General report no. 6 on the lunatic asylums, vaccination and dispensaries in the Bengal Presidency, 1873 -
Year: 1873
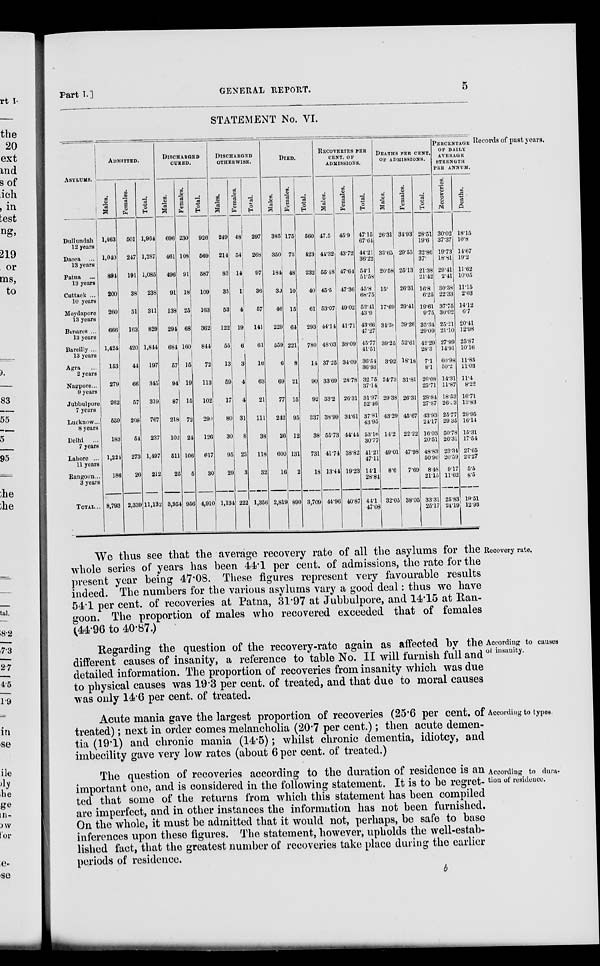
Part 1.]
GENERAL REPORT.
5
STATEMENT No. VI.
Records of past years.
ASYLUMS.
Dullundah
12 years
Dacca ...
13 years
Patna
...
13 years
Cuttack ...
10 years
Moydapore
13 years
Benares ...
13 years
Bareilly ...
13 years
Agra ...
2 years
Nagpore...
9 years
Jubbulpore
7 years
Lucknow...
8 years
Delhi
...
7 years
Lahore ...
11 years
Rangoon...
3 years
TOTAL...
ADMITTED.
Males.
1,463
1,040
894
200
260
666
1,424
153
279
262
559
183
1,224
186
8,793
Females.
501
247
191
38
51
163
420
44
66
57
208
54
273
26
2,339
Total.
1,964
1,287
1,085
238
311
829
1,844
197
345
319
767
237
1,497
212
11,132
DISCHARGED
CURED.
Males.
696
461
496
91
138
294
684
57
94
87
218
102
511
25
3,954
Females.
230
108
91
18
25
68
160
15
19
15
72
24
106
5
956
Total.
926
569
587
109
163
362
844
72
113
102
290
126
617
30
4,910
DISCHARGED
OTHERWISE.
Males.
249
214
83
35
53
122
55
13
59
17
80
30
95
29
1,134
Females.
48
54
14
1
4
19
6
3
4
4
31
8
23
3
222
Total.
297
268
97
36
57
141
61
16
63
21
111
38
118
32
1,356
DIED.
Males.
385
350
184
30
46
229
559
6
69
77
242
26
600
16
2,819
Females.
175
73
48
10
15
64
221
8
21
15
95
12
131
2
890
Total.
560
423
232
40
61
293
780
14
90
92
337
38
731
18
3,709
RECOVERIES PER
CENT. OF
ADMISSIONS.
Males.
47.5
44.32
55.18
45.5
53.07
44.14
48.03
37.25
33.69
33.2
38.99
55.73
41.74
13.44
44.96
Females.
45.9
43.72
47.64
47.36
49.02
41.71
38.09
34.09
28.78
26.31
34.61
44.44
38.82
19.23
40.87
Total.
47.15
67.04
44.21
36.22
54.1
51.58
45.8
68.75
52.41
43.9
43.66
47.27
45.77
41.51
30.54
36.93
32.75
37.14
31.97
52.16
37.81
43.95
53.16
30.77
41.21
47.11
14.1
28.81
44.1
47.08
DEATHS PER CENT.
OF ADMISSIONS.
Males.
26.31
33.05
20.58
15.
17.69
34.38
39.25
3.92
24.73
29.38
43.29
14.2
49.01
8.6
32.05
Females.
34.93
29.55
25.13
26.31
29.41
39.26
52.61
18.18
31.81
26.31
45.67
22.22
47.98
7.69
38.05
Total.
28.51
19.6
32.86
37.
21.38
21.42
16.8
6.25
19.61
9.75
35.34
29.09
42.29
28.3
71
8.1
26.08
25.71
28.84
27.87
43.93
24.17
16.03
20.51
48.83
50.96
8.48
21.15
33.31
25.17
PERCENTAGE
OF DAILY
AVERAGE
STRENGTH
PER ANNUM.
Recoveries.
30.02
37.37
19.73
18.81
29.41
2.41
30.38
22.33
37.75
30.02
25.21
21.10
27.99
14.91
60.98
50.2
14.31
11.87
18.53
26.33
25.77
29.35
50.78
26.31
23.34
20.59
9.17
11.62
25.83
24.19
Deaths.
18.15
10.8
14.67
19.2
11.62
10.05
11.15
2.03
14.12
6.7
20.41
12.98
25.87
10.16
11.85
11.03
11.4
8.22
16.71
13.83
29.95
16.14
15.31
17.54
27.65
22.27
5.5
8.5
19.51
12.93
Recovery rate.
We thus see that the average recovery rate of all the asylums for the
whole series of years has been 44.1 per cent. of admissions, the rate for the
present year being 47.08. These figures represent very favourable results
indeed. The numbers for the various asylums vary a good deal: thus we have
54.1 per cent. of recoveries at Patna, 31.97 at Jubbulpore, and 14.15 at Ran-
goon. The proportion of males who recovered exceeded that of females
(44.96 to 40.87.)
According to causes
of insanity.
Regarding the question of the recovery-rate again as affected by the
different causes of insanity, a reference to table No. II will furnish full and
detailed information. The proportion of recoveries from insanity which was due
to physical causes was 19.3 per cent. of treated, and that due to moral causes
was only 14.6 per cent. of treated.
According to types.
Acute mania gave the largest proportion of recoveries (25.6 per cent, of
treated); next in order comes melancholia (20.7 per cent.); then acute demen-
tia (19.1) and chronic mania (14.5); whilst chronic dementia, idiotcy, and
imbecility gave very low rates (about 6 per cent. of treated.)
According to dura-
tion of residence.
The question of recoveries according to the duration of residence is an
important one, and is considered in the following statement. It is to be regret-
ted that some of the returns from which this statement has been compiled
are imperfect, and in other instances the information has not been furnished.
On the whole, it must be admitted that it would not, perhaps, be safe to base
inferences upon these figures. The statement, however, upholds the well-estab-
lished fact, that the greatest number of recoveries take place during the earlier
periods of residence.